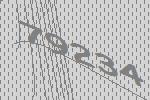
79234